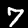
Digit: 7